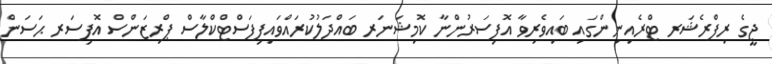
ޖީގެ ރިފްރެޝަރ ޓްރެއިނިންގައި ބައިވެރިވާ އޮފިސަރުންނާ ކޮމިޝަނަރ ބައްދަލުކުރައްވައިފިފަސްޓްކްލާސް ޕްރިޒަންސް އޮފިސަރ ޙަސަން